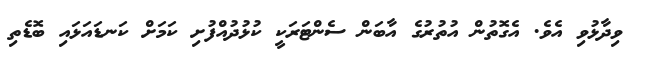
ވިދާޅުވި އެވެ. އެގޮތުން އުތުރުގެ އާބަން ސެންޓަރަކީ ކުޅުދުއްފުށި ކަމަށް ކަނޑައަޅައި ބޮޑެތި